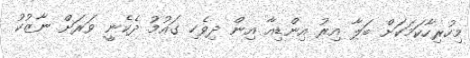
މިހުރިހާކަމަކަށް ބަލާ އިރު އިންޑިއާ އިން ދިވެހި ގައުމު ދެކެނީ ވަރަށް ނާޒުކު